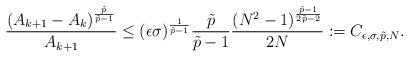
LaTeX: \begin{align*}\frac{(A_{k+1} - A_k)^{\frac{\tilde p}{\tilde p-1}}}{A_{k+1}} \leq (\epsilon\sigma)^{\frac{1}{\tilde p-1}}\frac{ \tilde p}{\tilde p-1}\frac{(N^2 -1)^{\frac{\tilde p-1}{2\tilde p-2}}}{2 N}:= C_{\epsilon, \sigma,\tilde p,N}.\end{align*}